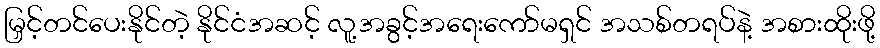
မြှင့်တင်ပေးနိုင်တဲ့ နိုင်ငံအဆင့် လူ့အခွင့်အရေးကော်မရှင် အသစ်တရပ်နဲ့ အစားထိုးဖို့